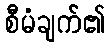
စီမံချက်၏